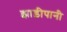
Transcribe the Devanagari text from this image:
झाड़ीपानी